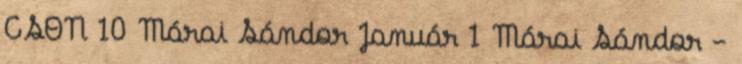
CSON 10 Márai Sándor Január 1 Márai Sándor -